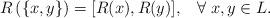
LaTeX: \begin{align*}R\left( \{x,y\}\right) =[R(x),R(y)],\;\;\;\forall \;x,y\in L. \end{align*}